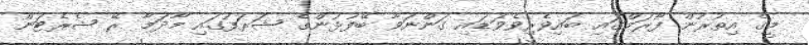
މީގެ އިތުރުން ފޯރަމްގައި ބައިވެރިވެވަޑައި ގަންނަވާ ބޭފުޅުންގެ ޝަރަފުގައި މާދަމާ ރޭ ޝެރެޓަން